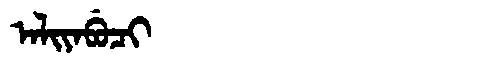
Manchu: ᠠᠯᡳᠶᠠᠪᡠᠴᡳ
Romanization: ALIYABUCI